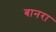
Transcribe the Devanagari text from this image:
बानरा